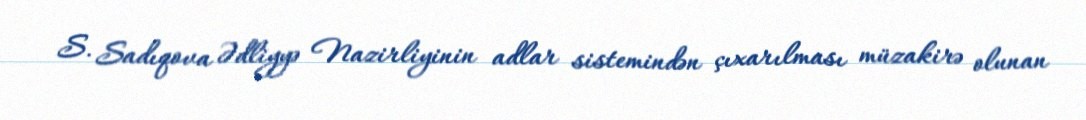
S. Sadıqova Ədliyyə Nazirliyinin adlar sistemindən çıxarılması müzakirə olunan